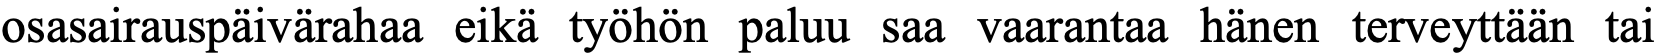
osasairauspäivärahaa eikä työhön paluu saa vaarantaa hänen terveyttään tai